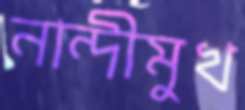
নান্দীমুখ